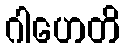
ဂါဟေတိ